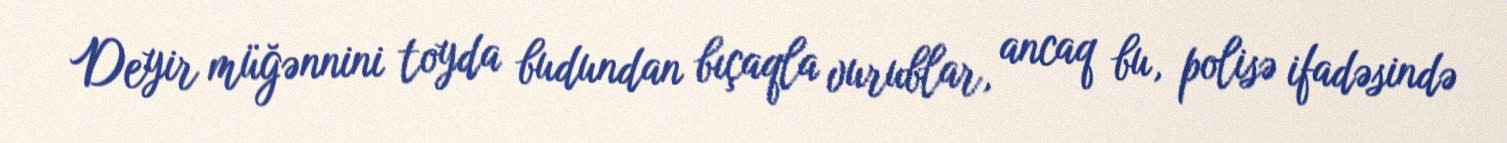
Deyir müğənnini toyda budundan bıçaqla vurublar, ancaq bu, polisə ifadəsində